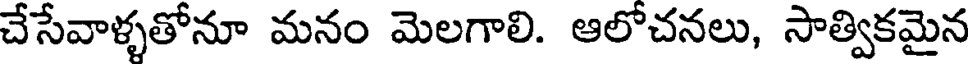
చేసేవాళ్ళతోనూ మనం మెలగాలి. ఆలోచనలు, సాత్వికమైన